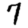
Digit: 7